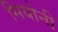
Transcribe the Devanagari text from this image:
सियोनी